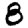
Digit: 8